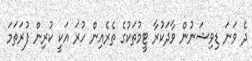
ދެ ވަނަ ޑިވިޝަނުން ވާދަކުރާ ޓީމުތަކުގެ ތެރެއިން ހުރަ އަކީ ކުރިން ފުރަތަމަ